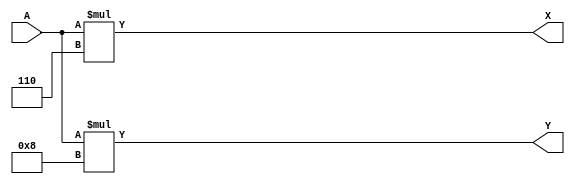
module test (A, X, Y);
input [7:0] A;
output [7:0] X = A * 8'd 6;
output [7:0] Y = A * 8'd 8;
endmodule